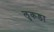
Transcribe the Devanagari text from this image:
लुकडा